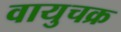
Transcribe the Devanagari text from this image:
वायुचक्र